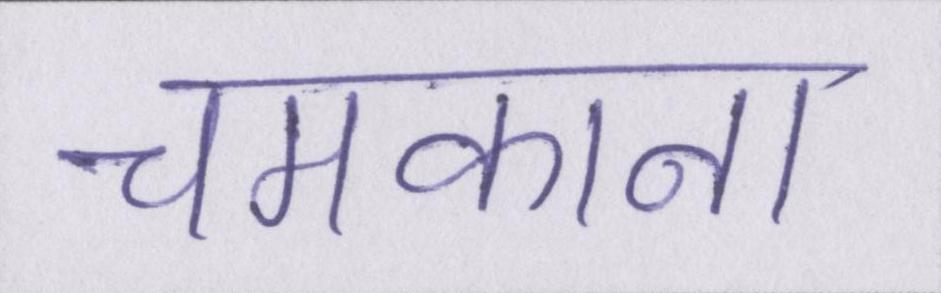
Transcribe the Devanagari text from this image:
चमकाना